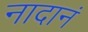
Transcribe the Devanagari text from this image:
नादानं